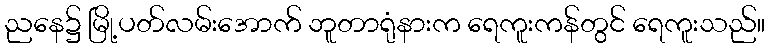
ညနေ၌ မြို့ပတ်လမ်းအောက် ဘူတာရုံနားက ရေကူးကန်တွင် ရေကူးသည်။